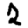
Digit: 2